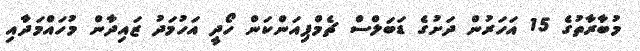
މުބާރާތުގެ 15 އަހަރުން ދަށުގެ ޑަބަލްސް ޗެމްޕިއަންކަން ހޯދީ އަހުމަދު ޒައިދާން މުހައްމަދާއި